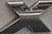
X